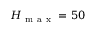
H _ { \mathrm { ~ m ~ a ~ x ~ } } = 5 0